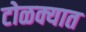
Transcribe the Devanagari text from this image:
टोळक्यात